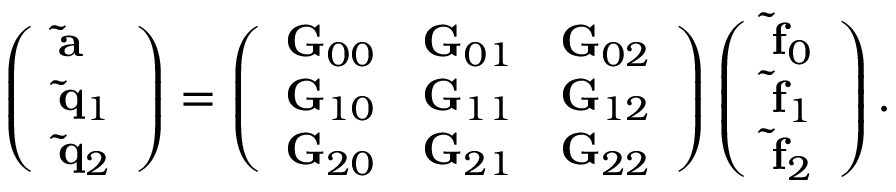
\left( \begin{array} { l } { { \bf \tilde { a } } } \\ { { \bf \tilde { q } } _ { 1 } } \\ { { \bf \tilde { q } } _ { 2 } } \end{array} \right) = \left( \begin{array} { l l l } { { \bf G } _ { 0 0 } } & { { \bf G } _ { 0 1 } } & { { \bf G } _ { 0 2 } } \\ { { \bf G } _ { 1 0 } } & { { \bf G } _ { 1 1 } } & { { \bf G } _ { 1 2 } } \\ { { \bf G } _ { 2 0 } } & { { \bf G } _ { 2 1 } } & { { \bf G } _ { 2 2 } } \end{array} \right) \left( \begin{array} { l } { { \bf \tilde { f } } _ { 0 } } \\ { { \bf \tilde { f } } _ { 1 } } \\ { { \bf \tilde { f } } _ { 2 } } \end{array} \right) .